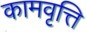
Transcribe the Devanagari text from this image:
कामवृत्ति